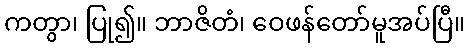
ကတွာ၊ ပြု၍။ ဘာဇိတံ၊ ဝေဖန်တော်မူအပ်ပြီ။